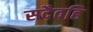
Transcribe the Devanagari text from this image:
सदैवहि